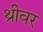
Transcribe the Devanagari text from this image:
थ्रीवर